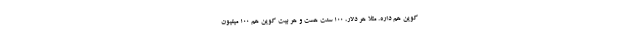
کوین هم داره. مثلاً هر دلار، 100 سنت هست و هر بیت کوین هم 100 میلیون